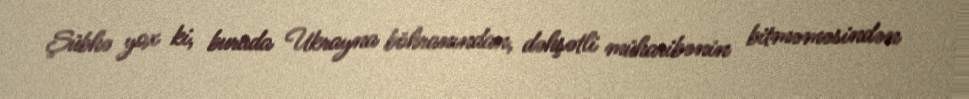
Şübhə yox ki, burada Ukrayna böhranından, dəhşətli müharibənin bitməməsindən